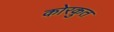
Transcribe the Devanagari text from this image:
कोरकुत